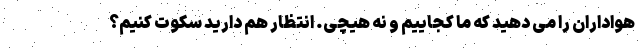
هواداران را می دهید که ما کجاییم و نه هیچی. انتظار هم دارید سکوت کنیم؟